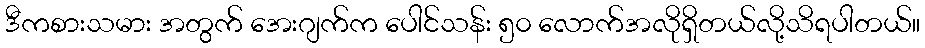
ဒီကစားသမား အတွက် အေးဂျက်က ပေါင်သန်း ၅၀ လောက်အလိုရှိတယ်လို့သိရပါတယ်။